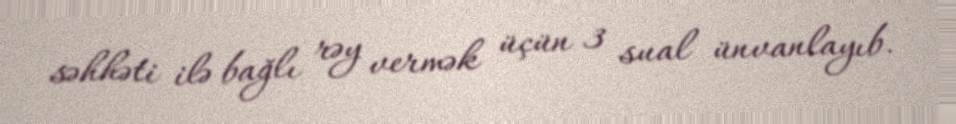
səhhəti ilə bağlı rəy vermək üçün 3 sual ünvanlayıb.